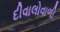
દીવાલોવાળી